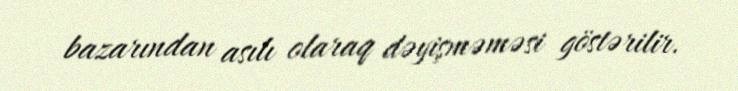
bazarından asılı olaraq dəyişməməsi göstərilir.